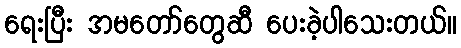
ရေးပြီး အမတော်တွေဆီ ပေးခဲ့ပါသေးတယ်။